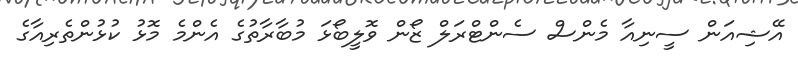
އޭޝިއަން ސީނިއާ މެންސް ސެންޓްރަލް ޒޯން ވޮލީބޯޅަ މުބާރާތުގެ އެންމެ މޮޅު ކުޅުންތެރިއާގެ